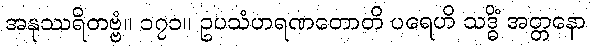
အနုဿရိတဗ္ဗံ။ ၁၇၁။ ဥပသံဟရဏတောတိ ပရေဟိ သဒ္ဓိံ အတ္တနော